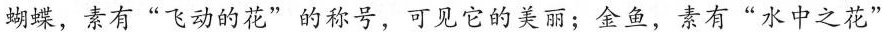
蝴蝶，素有”飞动的花”的称号，可见它的美丽；金鱼，素有”水中之花”